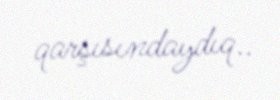
qarşısındaydıq..